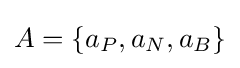
\textstyle A=\{a_{P},a_{N},a_{B}\}